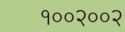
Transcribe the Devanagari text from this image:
१००२००२